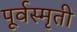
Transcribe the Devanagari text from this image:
पूर्वस्मृती